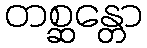
တစ္ဆန္တော